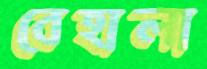
বেহালা